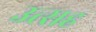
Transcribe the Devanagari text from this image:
उत्सह